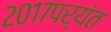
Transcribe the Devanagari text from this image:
२०१७पर्यंत